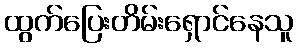
ထွက်ပြေးတိမ်းရှောင်နေသူ